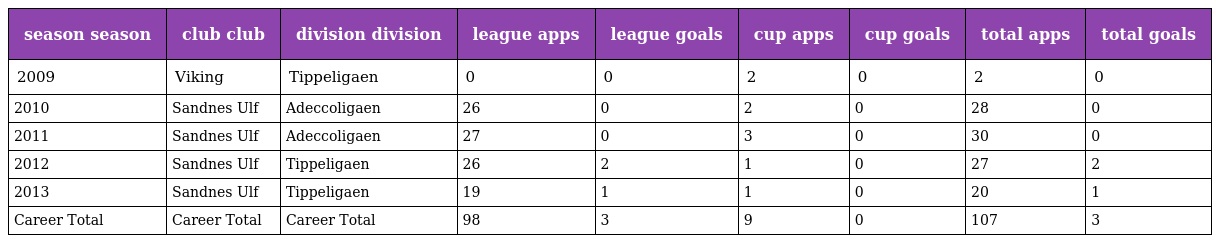
| season season | club club | division division | league apps | league goals | cup apps | cup goals | total apps | total goals |
 | --- | --- | --- | --- | --- | --- | --- | --- | --- |
 | 2009 | Viking | Tippeligaen | 0 | 0 | 2 | 0 | 2 | 0 |
 | 2010 | Sandnes Ulf | Adeccoligaen | 26 | 0 | 2 | 0 | 28 | 0 |
 | 2011 | Sandnes Ulf | Adeccoligaen | 27 | 0 | 3 | 0 | 30 | 0 |
 | 2012 | Sandnes Ulf | Tippeligaen | 26 | 2 | 1 | 0 | 27 | 2 |
 | 2013 | Sandnes Ulf | Tippeligaen | 19 | 1 | 1 | 0 | 20 | 1 |
 | Career Total | Career Total | Career Total | 98 | 3 | 9 | 0 | 107 | 3 |